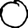
Digit: 0